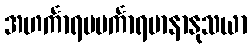
အဟင်္ကာရမမင်္ကာရမာနာနုသယာ